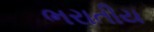
ભરાતીય